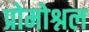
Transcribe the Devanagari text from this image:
प्रोमोश्नल